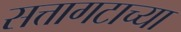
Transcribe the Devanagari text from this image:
सत्तागटाच्या